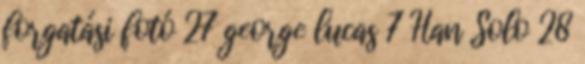
forgatási fotó 27 george lucas 7 Han Solo 28